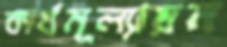
কার্যমূল্যায়ন